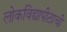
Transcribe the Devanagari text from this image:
लोकविद्यापीठाची